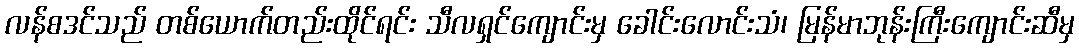
လန်စဒင်သည် တစ်ယောက်တည်းထိုင်ရင်း သီလရှင်ကျောင်းမှ ခေါင်းလောင်းသံ၊ မြန်မာဘုန်းကြီးကျောင်းဆီမှ